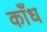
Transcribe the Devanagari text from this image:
काँध